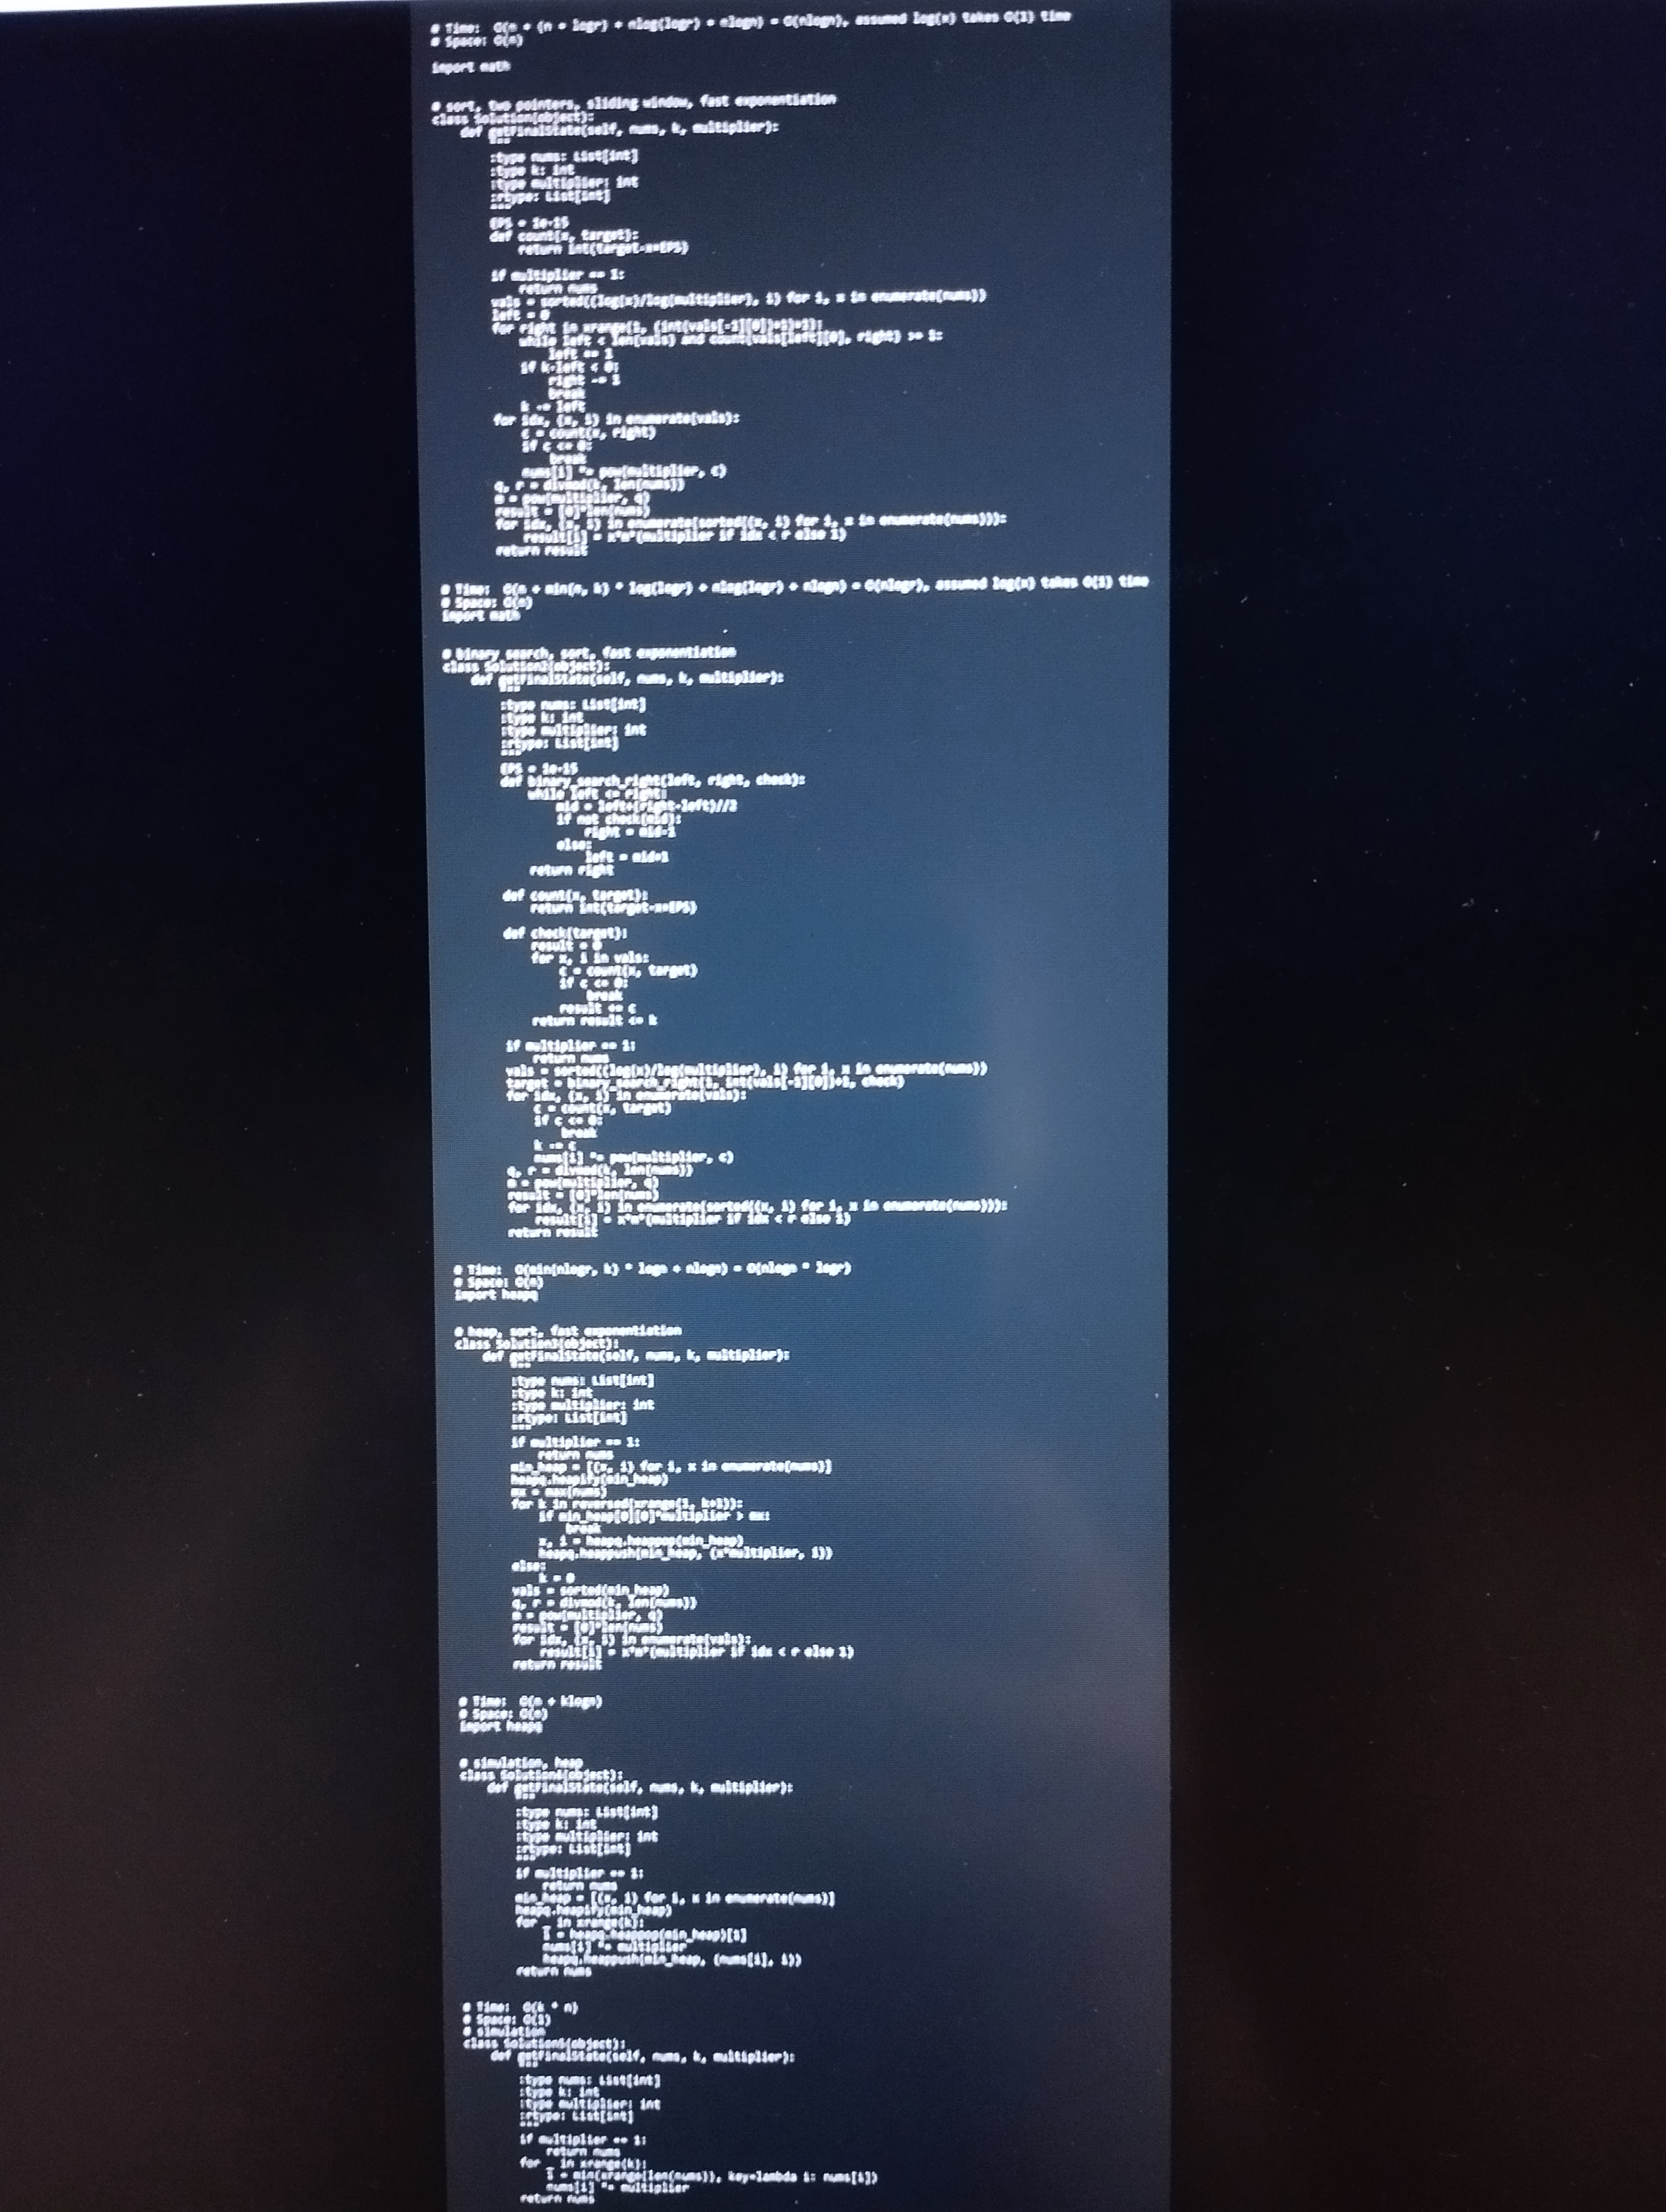
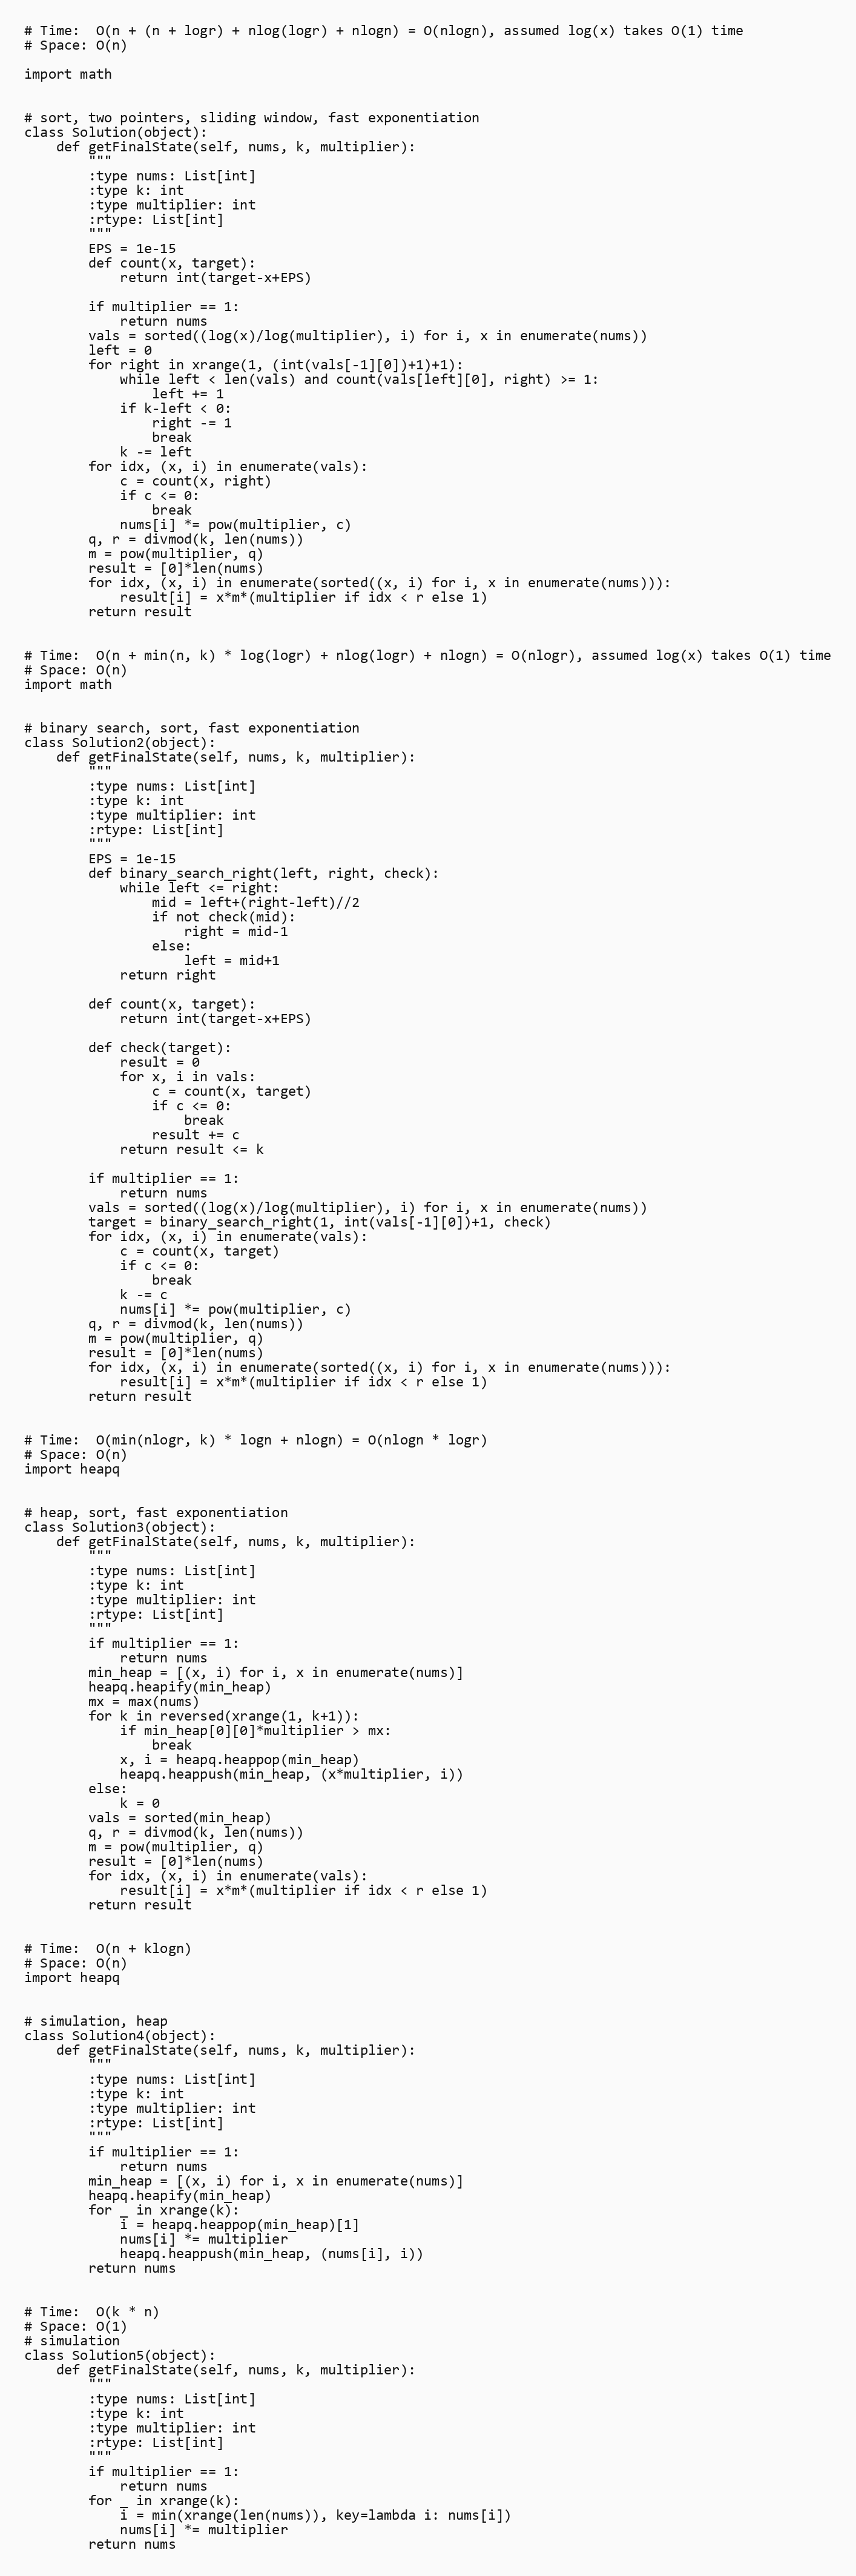
# Time:  O(n + (n + logr) + nlog(logr) + nlogn) = O(nlogn), assumed log(x) takes O(1) time
# Space: O(n)

import math

# sort, two pointers, sliding window, fast exponentiation
class Solution(object):
    def getFinalState(self, nums, k, multiplier):
        """
        :type nums: List[int]
        :type k: int
        :type multiplier: int
        :rtype: List[int]
        """
        EPS = 1e-15
        def count(x, target):
            return int(target-x+EPS)

        if multiplier == 1:
            return nums
        vals = sorted((log(x)/log(multiplier), i) for i, x in enumerate(nums))
        left = 0
        for right in xrange(1, (int(vals[-1][0])+1)+1):
            while left < len(vals) and count(vals[left][0], right) >= 1:
                left += 1
            if k-left < 0:
                right -= 1
                break
            k -= left
        for idx, (x, i) in enumerate(vals):
            c = count(x, right)
            if c <= 0:
                break
            nums[i] *= pow(multiplier, c)
        q, r = divmod(k, len(nums))
        m = pow(multiplier, q)
        result = [0]*len(nums)
        for idx, (x, i) in enumerate(sorted((x, i) for i, x in enumerate(nums))):
            result[i] = x*m*(multiplier if idx < r else 1)
        return result

# Time:  O(n + min(n, k) * log(logr) + nlog(logr) + nlogn) = O(nlogr), assumed log(x) takes O(1) time
# Space: O(n)
import math

# binary search, sort, fast exponentiation
class Solution2(object):
    def getFinalState(self, nums, k, multiplier):
        """
        :type nums: List[int]
        :type k: int
        :type multiplier: int
        :rtype: List[int]
        """
        EPS = 1e-15
        def binary_search_right(left, right, check):
            while left <= right:
                mid = left+(right-left)//2
                if not check(mid):
                    right = mid-1
                else:
                    left = mid+1
            return right

        def count(x, target):
            return int(target-x+EPS)

        def check(target):
            result = 0
            for x, i in vals:
                c = count(x, target)
                if c <= 0:
                    break
                result += c
            return result <= k

        if multiplier == 1:
            return nums
        vals = sorted((log(x)/log(multiplier), i) for i, x in enumerate(nums))
        target = binary_search_right(1, int(vals[-1][0])+1, check)
        for idx, (x, i) in enumerate(vals):
            c = count(x, target)
            if c <= 0:
                break
            k -= c
            nums[i] *= pow(multiplier, c)
        q, r = divmod(k, len(nums))
        m = pow(multiplier, q)
        result = [0]*len(nums)
        for idx, (x, i) in enumerate(sorted((x, i) for i, x in enumerate(nums))):
            result[i] = x*m*(multiplier if idx < r else 1)
        return result

# Time:  O(min(nlogr, k) * logn + nlogn) = O(nlogn * logr)
# Space: O(n)
import heapq

# heap, sort, fast exponentiation
class Solution3(object):
    def getFinalState(self, nums, k, multiplier):
        """
        :type nums: List[int]
        :type k: int
        :type multiplier: int
        :rtype: List[int]
        """
        if multiplier == 1:
            return nums
        min_heap = [(x, i) for i, x in enumerate(nums)]
        heapq.heapify(min_heap)
        mx = max(nums)
        for k in reversed(xrange(1, k+1)):
            if min_heap[0][0]*multiplier > mx:
                break
            x, i = heapq.heappop(min_heap)
            heapq.heappush(min_heap, (x*multiplier, i))
        else:
            k = 0
        vals = sorted(min_heap)
        q, r = divmod(k, len(nums))
        m = pow(multiplier, q)
        result = [0]*len(nums)
        for idx, (x, i) in enumerate(vals):
            result[i] = x*m*(multiplier if idx < r else 1)
        return result

# Time:  O(n + klogn)
# Space: O(n)
import heapq

# simulation, heap
class Solution4(object):
    def getFinalState(self, nums, k, multiplier):
        """
        :type nums: List[int]
        :type k: int
        :type multiplier: int
        :rtype: List[int]
        """
        if multiplier == 1:
            return nums
        min_heap = [(x, i) for i, x in enumerate(nums)]
        heapq.heapify(min_heap)
        for _ in xrange(k):
            i = heapq.heappop(min_heap)[1]
            nums[i] *= multiplier
            heapq.heappush(min_heap, (nums[i], i))
        return nums

# Time:  O(k * n)
# Space: O(1)
# simulation
class Solution5(object):
    def getFinalState(self, nums, k, multiplier):
        """
        :type nums: List[int]
        :type k: int
        :type multiplier: int
        :rtype: List[int]
        """
        if multiplier == 1:
            return nums
        for _ in xrange(k):
            i = min(xrange(len(nums)), key=lambda i: nums[i])
            nums[i] *= multiplier
        return nums